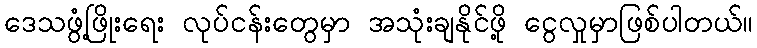
ဒေသဖွံ့ဖြိုးရေး လုပ်ငန်းတွေမှာ အသုံးချနိုင်ဖို့ ငွေလှုမှာဖြစ်ပါတယ်။